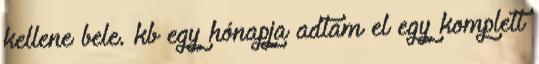
kellene bele. kb egy hónapja adtam el egy komplett